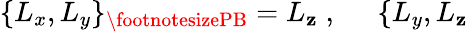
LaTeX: \{ L_{x},L_{y}\} _{{\footnotesizePB}}=L_{\mathbf{z}}\; ,\; \; \; \; \; \{ L_{y},L_{\mathbf{z}}